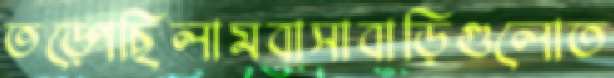
তড়্‌পেছিলামবাসাবাড়িগুলোত